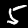
Label: 5